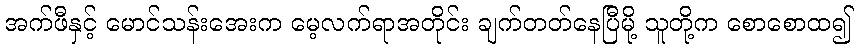
အက်ဖီနှင့် မောင်သန်းအေးက မေ့လက်ရာအတိုင်း ချက်တတ်နေပြီမို့ သူတို့က စောစောထ၍